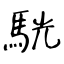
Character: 駫